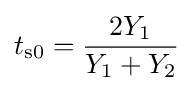
t_{\text{s0}}={\frac {2Y_{1}}{Y_{1}+Y_{2}}}